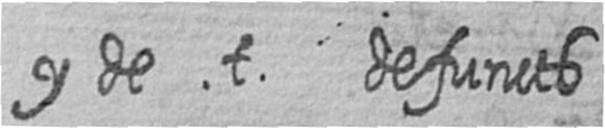
y de t defuncts